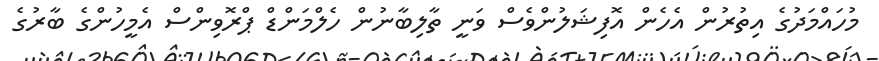
މުހައްމަދުގެ އިތުރުން އެހެން އޮފިޝަލުންވެސް ވަނީ ތާލިބާނުން ހެލްމަންޑް ޕްރޮވިންސް އެމީހުންގެ ބާރުގެ